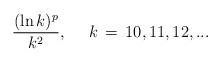
LaTeX: \begin{align*}\frac{(\ln k)^p}{k^2}, \ \ \ \ k\,=\,10,11,12,...\end{align*}